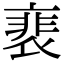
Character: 裵